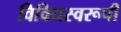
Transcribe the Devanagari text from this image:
विविधस्वरूपी